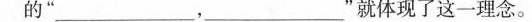
的”_______，__”就体现了这一理念。